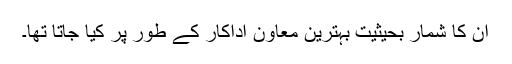
ان کا شمار بحیثیت بہترین معاون اداکار کے طور پر کیا جاتا تھا۔